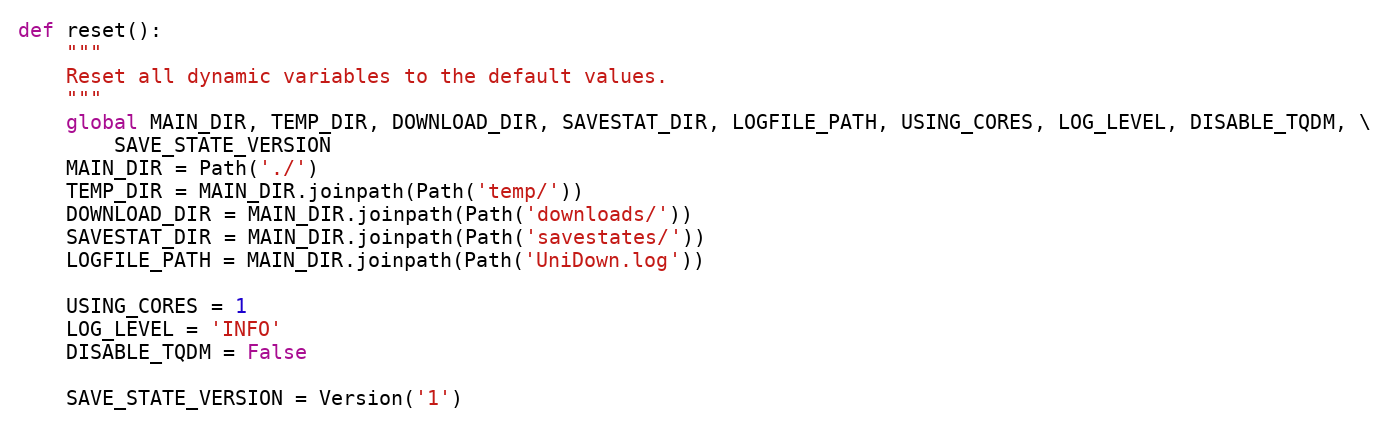
Language: Python
def reset():
    """
    Reset all dynamic variables to the default values.
    """
    global MAIN_DIR, TEMP_DIR, DOWNLOAD_DIR, SAVESTAT_DIR, LOGFILE_PATH, USING_CORES, LOG_LEVEL, DISABLE_TQDM, \
        SAVE_STATE_VERSION
    MAIN_DIR = Path('./')
    TEMP_DIR = MAIN_DIR.joinpath(Path('temp/'))
    DOWNLOAD_DIR = MAIN_DIR.joinpath(Path('downloads/'))
    SAVESTAT_DIR = MAIN_DIR.joinpath(Path('savestates/'))
    LOGFILE_PATH = MAIN_DIR.joinpath(Path('UniDown.log'))

    USING_CORES = 1
    LOG_LEVEL = 'INFO'
    DISABLE_TQDM = False

    SAVE_STATE_VERSION = Version('1')